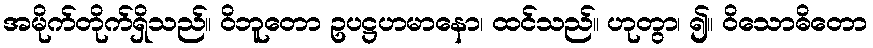
အမိုက်တိုက်ရှိသည်။ ဝိဘူတော ဥပဋ္ဌဟမာနော၊ ထင်သည်။ ဟုတွာ၊ ၍။ ဝိသောဓိတော